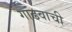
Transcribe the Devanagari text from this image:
गाढवाची